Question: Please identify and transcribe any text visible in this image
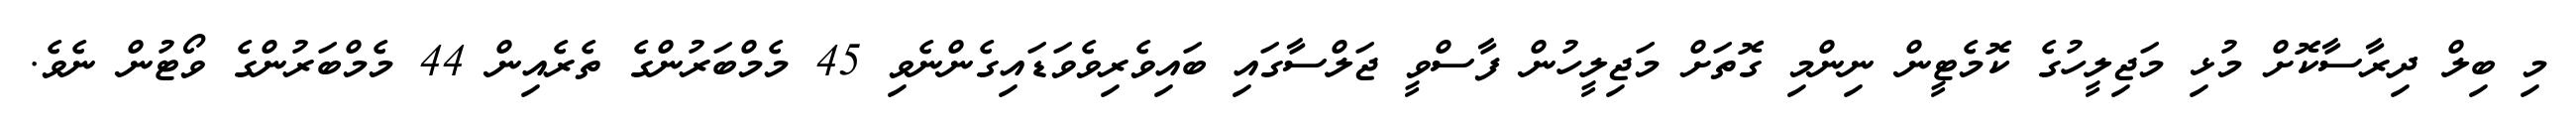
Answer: މި ބިލް ދިރާސާކޮށް މުޅި މަޖިލީހުގެ ކޮމެޓީން ނިންމި ގޮތަށް މަޖިލީހުން ފާސްވީ ޖަލްސާގައި ބައިވެރިވެވަޑައިގެންނެވި 45 މެމްބަރުންގެ ތެރެއިން 44 މެމްބަރުންގެ ވޯޓުން ނެވެ.